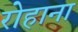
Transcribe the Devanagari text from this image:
रोहाना